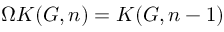
\Omega K ( G , n ) = K ( G , n - 1 )